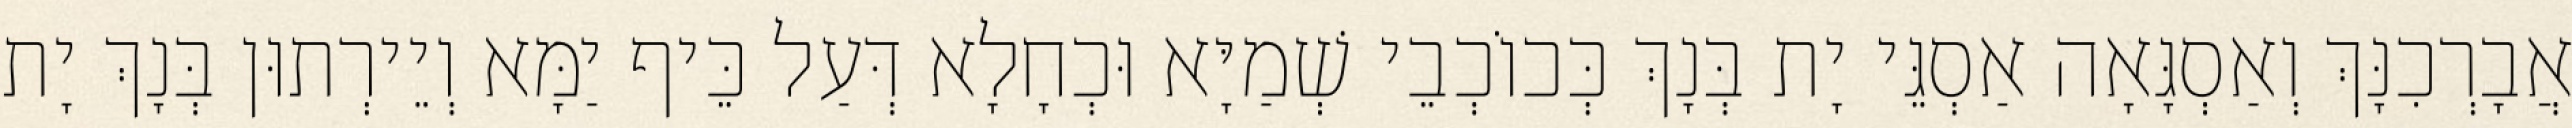
אֲבָרְכִנָּךְ וְאַסְגָּאָה אַסְגֵּי יָת בְּנָךְ כְּכוֹכְבֵי שְׁמַיָּא וּכְחָלָא דְּעַל כֵּיף יַמָּא וְיֵירְתוּן בְּנָךְ יָת